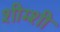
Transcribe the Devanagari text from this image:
शीम्शी